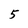
Character: 5